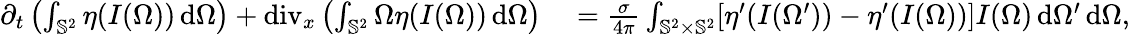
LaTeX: \begin{array}{rl}{\partial_{t}\left(\int_{\mathbb{S}^{2}}\eta(I(\Omega))\, \mathrm{d}\Omega\right)+\operatorname{div}_{x}\left(\int_{\mathbb{S}^{2}}\Omega\eta(I(\Omega))\, \mathrm{d}\Omega\right)}&{{}=\frac{\sigma}{4\pi}\int_{\mathbb{S}^{2}\times\mathbb{S}^{2}}[\eta^{\prime}(I(\Omega^{\prime}))-\eta^{\prime}(I(\Omega))]I(\Omega)\, \mathrm{d}\Omega^{\prime}\, \mathrm{d}\Omega,}\end{array}